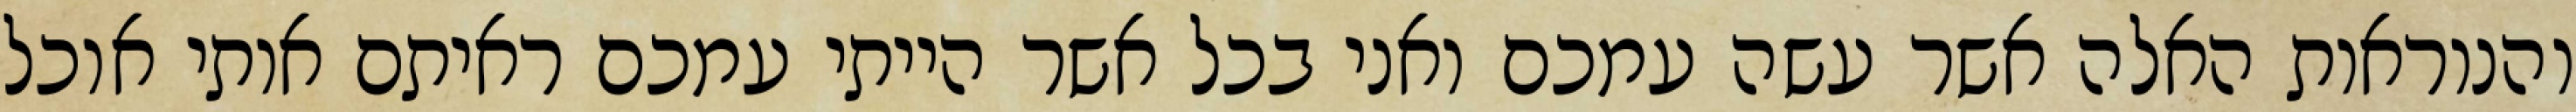
והנוראות האלה אשר עשה עמכם ואני בכל אשר הייתי עמכם ראיתם אותי אוכל